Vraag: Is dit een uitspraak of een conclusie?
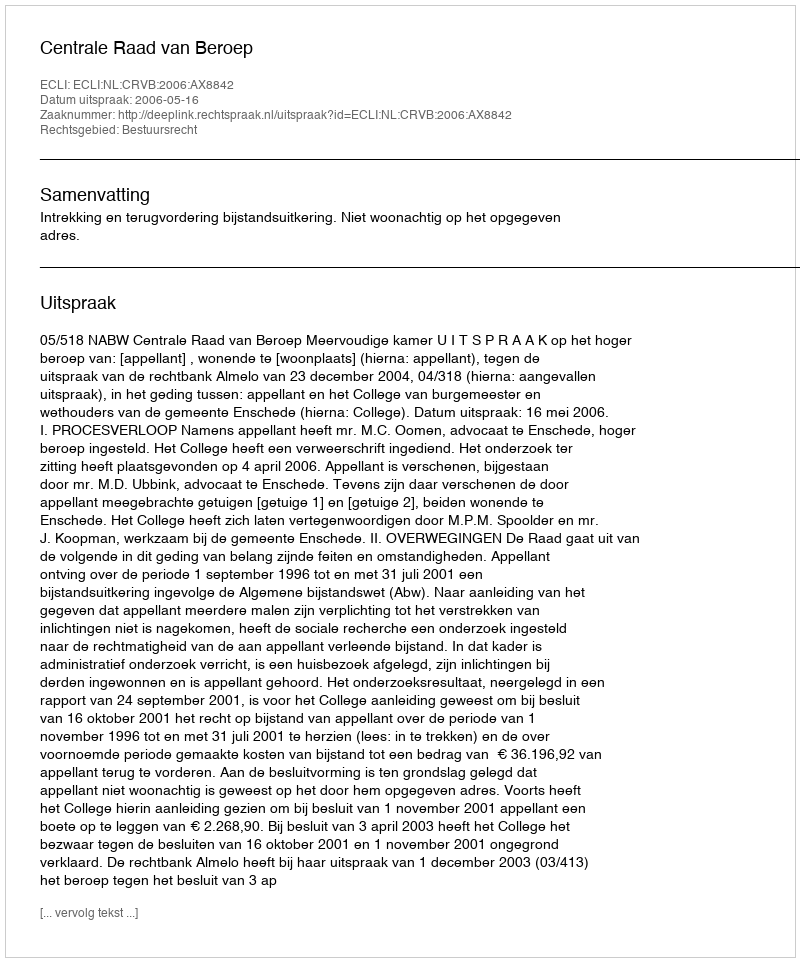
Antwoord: Uitspraak